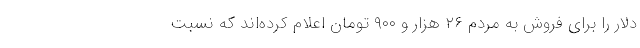
دلار را برای فروش به مردم ۲۶ هزار و ۹۰۰ تومان اعلام کرده‌اند که نسبت